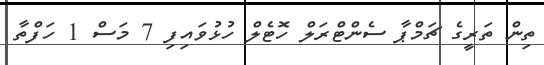
ތިން ތަރީގެ ޗަމްޕާ ސެންޓްރަލް ހޮޓެލް ހުޅުވައިފި 7 މަސް 1 ހަފްތާ